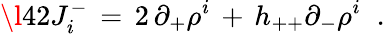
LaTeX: \l{42}J_{i}^{-}\, =\, 2\, \partial_{+}\rho^{i}\, +\, h_{++}\partial_{-}\rho^{i}\; \; .